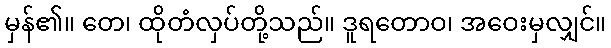
မှန်၏။ တေ၊ ထိုတံလှပ်တို့သည်။ ဒူရတောဝ၊ အဝေးမှလျှင်။